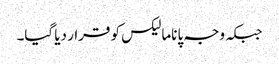
جبکہ وجہ پاناما لیکس کو قرار دیا گیا۔